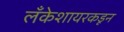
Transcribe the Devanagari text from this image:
लँकेशायरकडून